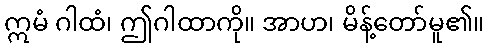
ဣမံ ဂါထံ၊ ဤဂါထာကို။ အာဟ၊ မိန့်တော်မူ၏။